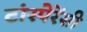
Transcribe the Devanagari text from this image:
टांस्पेरेंसी